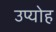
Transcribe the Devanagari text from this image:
उप्योह